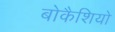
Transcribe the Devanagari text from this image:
बोकैशियो